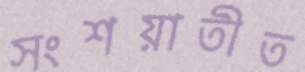
সংশয়াতীত